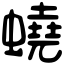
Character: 蟯